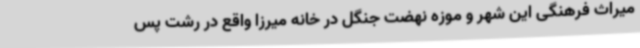
میراث فرهنگی این شهر و موزه نهضت جنگل در خانه میرزا واقع در رشت پس